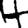
Digit: 4